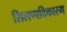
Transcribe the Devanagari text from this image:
सिलप्पदिकारम